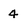
Character: 4